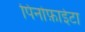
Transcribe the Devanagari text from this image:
पिनोफ़ाईटा